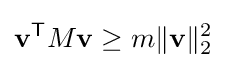
\mathbf {v} ^{\mathsf {T}}M\mathbf {v} \geq m\|\mathbf {v} \|_{2}^{2}